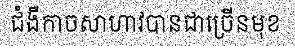
ជំងឺកាចសាហាវបានជាច្រើនមុខ